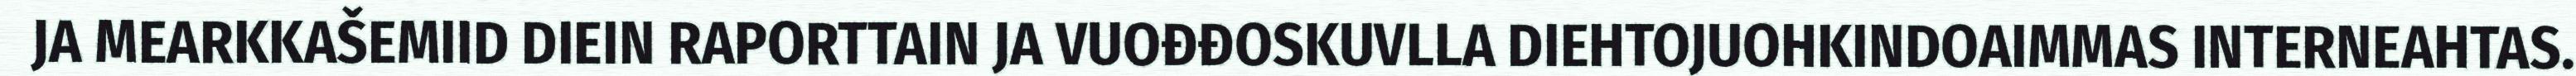
JA MEARKKAŠEMIID DIEIN RAPORTTAIN JA VUOĐĐOSKUVLLA DIEHTOJUOHKINDOAIMMAS INTERNEAHTAS.